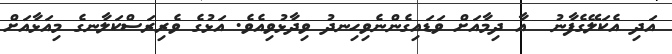
އަދި އެކަލޭގެފާނު  އާ ދިމާއަށް ވަޑައިގެންނެވިހިނދު ވިދާޅުވިއެވެ. އަޅުގެ ވެރިރަސްކަލާނގެ މިއަޅާއަށް